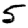
Digit: 5